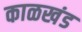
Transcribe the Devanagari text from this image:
काळखंड